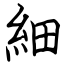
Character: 細